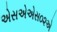
એસએએસ૦૨એ